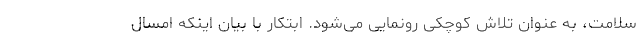
سلامت، به عنوان تلاش کوچکی رونمایی می‌شود. ابتکار با بیان اینکه امسال